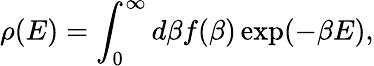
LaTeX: \rho(E)=\int_{0}^{\infty}d\beta f(\beta)\exp(-\beta E),